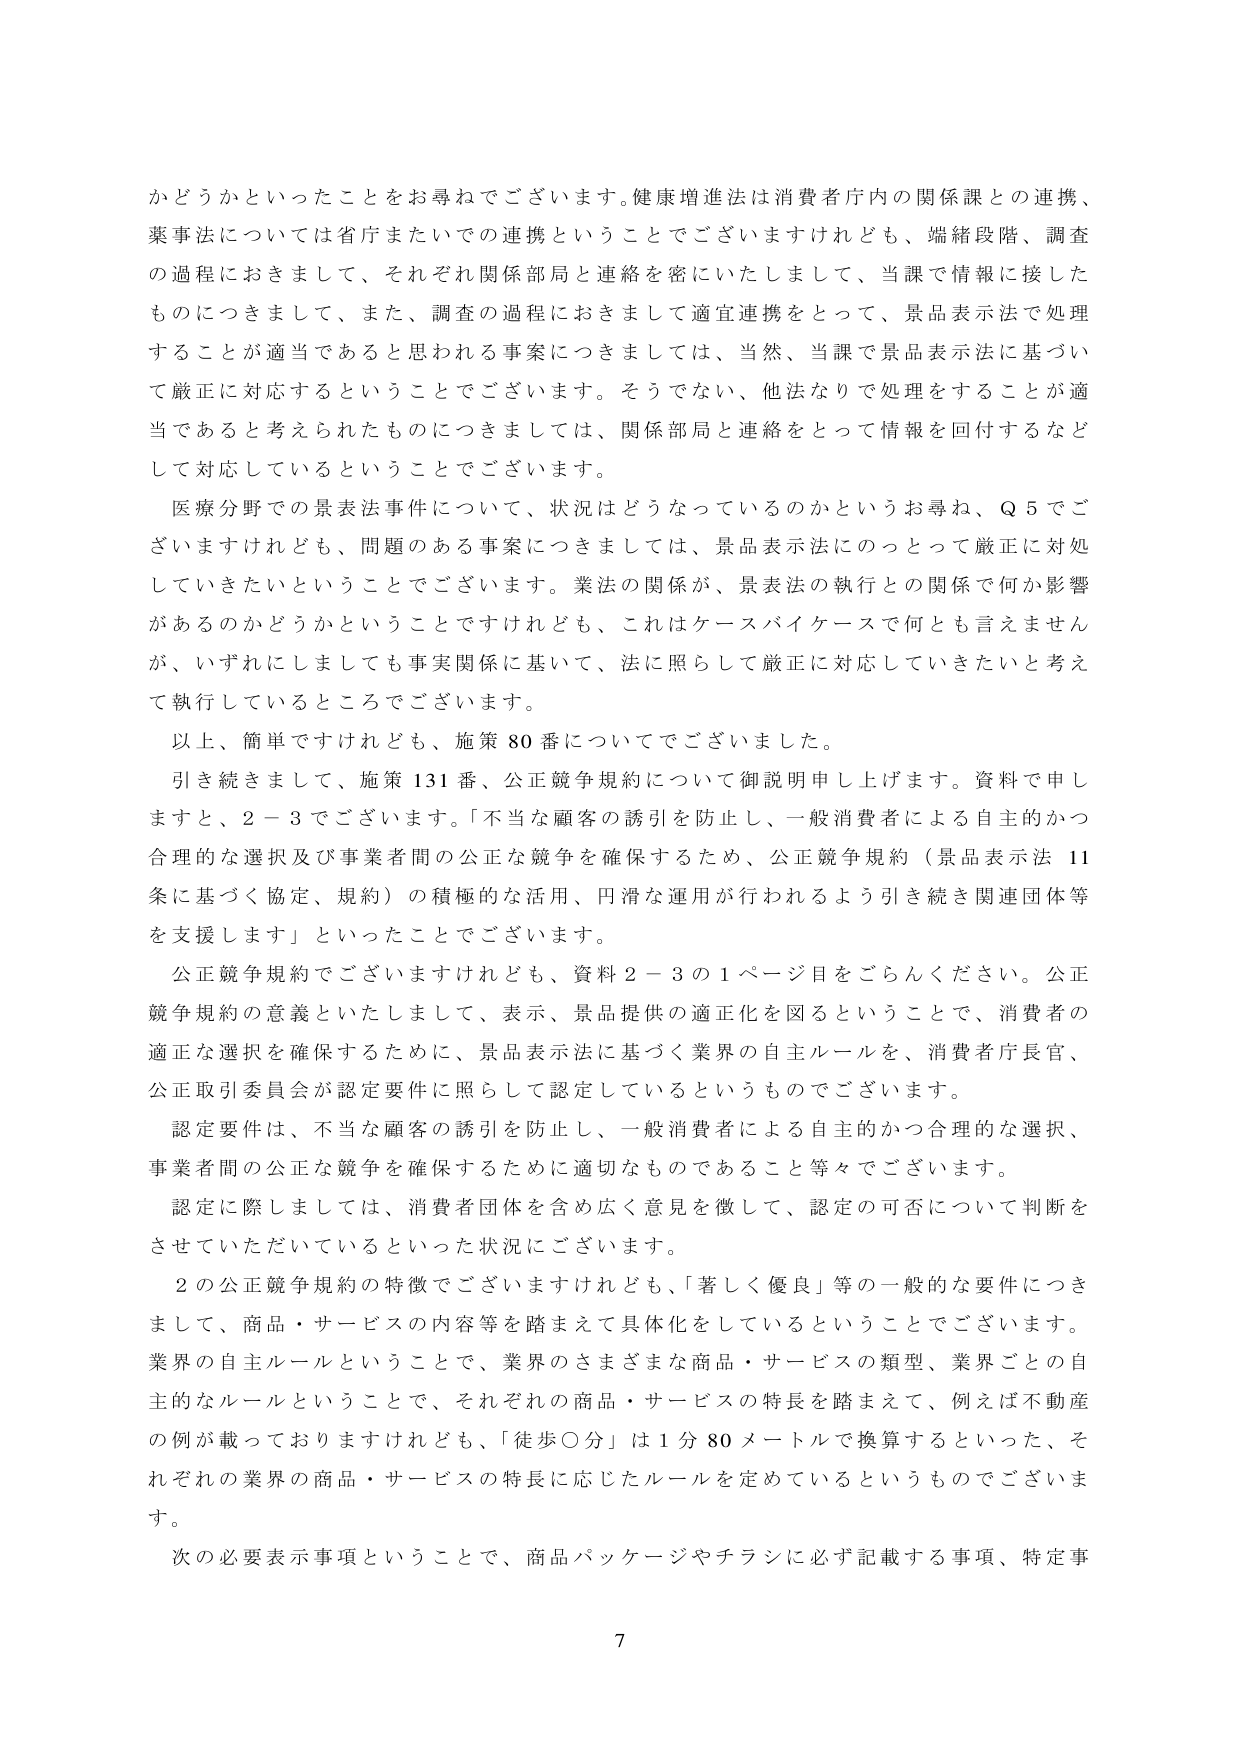
かどうかといったことをお尋ねでございます。健康増進法は消費者庁内の関係課との連携、
薬事法については省庁またいでの連携ということでございますけれども、端緒段階、調査
の過程におきまして、それぞれ関係部局と連絡を密にいたしまして、当課で情報に接した
ものにつきまして、また、調査の過程におきまして適宜連携をとって、景品表示法で処理
することが適当であると思われる事案につきましては、当然、当課で景品表示法に基づい
て厳正に対応するということでございます。そうでない、他法なりで処理をすることが適
当であると考えられたものにつきましては、関係部局と連絡をとって情報を回付するなど
して対応しているということでございます。

医療分野での景表法事件について、状況はどうなっているのかというお尋ね、Q 5 でご
ざいますけれども、問題のある事案につきましては、景品表示法ののっとって厳正に対処
していきたいということでございます。薬法の関係が、景表法の執行との関係で何か影響
があるのかどうかということですけれども、これはケースバイケースで何とも言えません
が、いずれにしましても事実関係に基づいて、法に照らして厳正に対応していきたいと考え
て執行しているところでございます。

以上、簡単ですけれども、施策 80 番についてでございました。

引き続きまして、施策 131 番、公正競争規約について御説明申し上げます。資料で申し
ますと、2－3 でございます。「不当な顧客の誘引を防止し、一般消費者による自主的かつ
合理的な選択及び事業者間の公正な競争を確保するため、公正競争規約（景品表示法 11
条に基づく協定、規約）の積極的な活用、円滑な運用が行われるよう引き続き関連団体等
を支援します」といったことでございます。

公正競争規約でございますけれども、資料 2－3 の 1 ページ目をごらんください。公正
競争規約の意義といたしまして、表示、景品提供の適正化を図るということで、消費者の
適正な選択を確保するために、景品表示法に基づく業界の自主ルールを、消費者庁長官、
公正取引委員会が認定要件に照らして認定しているというものでございます。

認定要件は、不当な顧客の誘引を防止し、一般消費者による自主的かつ合理的な選択、
事業者間の公正な競争を確保するために適切なものであること等々でございます。

認定に際しましては、消費者団体を含め広く意見を徴して、認定の可否について判断を
させていただいているといった状況にございます。

2 の公正競争規約の特徴でございますけれども、「著しく優良」等の一般的な要件につき
まして、商品・サービスの内容等を踏まえて具体化をしているということでございます。
業界の自主ルールということで、業界のさまざまな商品・サービスの類型、業界ごとの自
主的なルールということで、それぞれの商品・サービスの特長を踏まえて、例えば不動産
の例が載っておりますけれども、「徒歩〇分」は 1 分 80 メートルで換算するといった、そ
れぞれの業界の商品・サービスの特長に応じたルールを定めているというものでございま
す。

次の必要表示事項ということで、商品パッケージやチラシに必ず記載する事項、特定事

7